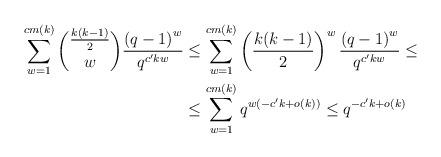
LaTeX: \begin{align*}\sum_{w=1}^{cm(k)}\binom{\frac{k(k-1)}{2}}{w}\frac{{(q-1)}^w}{q^{c'kw}}&\leq \sum_{w=1}^{cm(k)}\left(\frac{k(k-1)}{2}\right)^w\frac{{(q-1)}^w}{q^{c'kw}}\leq\\&\leq\sum_{w=1}^{cm(k)}q^{w(-c'k+o(k))}\leq q^{-c'k+o(k)}\end{align*}